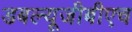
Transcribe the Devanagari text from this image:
डबल्यूजीबीएच